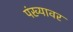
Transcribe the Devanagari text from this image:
पंख्यावर